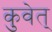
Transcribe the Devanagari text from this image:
कुवेत्